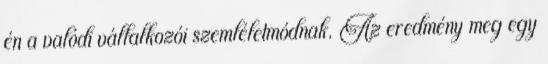
én a valódi vállalkozói szemléletmódnak. Az eredmény meg egy